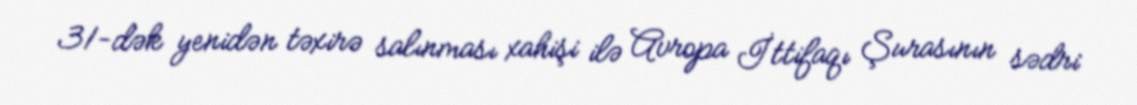
31-dək yenidən təxirə salınması xahişi ilə Avropa İttifaqı Şurasının sədri